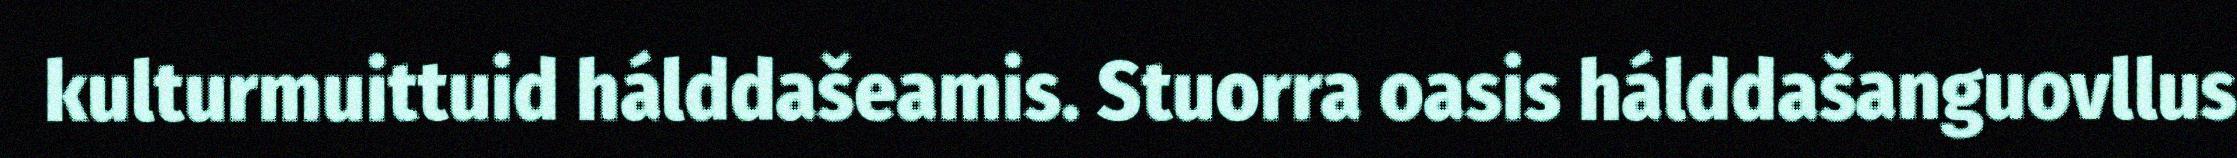
kulturmuittuid hálddašeamis. Stuorra oasis hálddašanguovllus